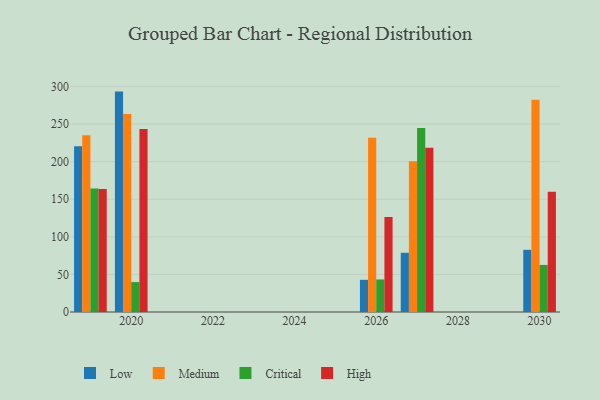
{"axis": {"x": "Year", "y": "LTV (USD)"}, "legend": ["Critical", "High", "Low", "Medium"], "data": [{"x": "2030", "y": 82.7, "type": "Low"}, {"x": "2030", "y": 282.5, "type": "Medium"}, {"x": "2030", "y": 62.6, "type": "Critical"}, {"x": "2030", "y": 160.0, "type": "High"}, {"x": "2019", "y": 220.6, "type": "Low"}, {"x": "2019", "y": 235.0, "type": "Medium"}, {"x": "2019", "y": 164.2, "type": "Critical"}, {"x": "2019", "y": 163.7, "type": "High"}, {"x": "2020", "y": 293.2, "type": "Low"}, {"x": "2020", "y": 263.5, "type": "Medium"}, {"x": "2020", "y": 39.8, "type": "Critical"}, {"x": "2020", "y": 243.5, "type": "High"}, {"x": "2026", "y": 42.8, "type": "Low"}, {"x": "2026", "y": 231.8, "type": "Medium"}, {"x": "2026", "y": 43.3, "type": "Critical"}, {"x": "2026", "y": 126.5, "type": "High"}, {"x": "2027", "y": 78.8, "type": "Low"}, {"x": "2027", "y": 200.5, "type": "Medium"}, {"x": "2027", "y": 244.7, "type": "Critical"}, {"x": "2027", "y": 218.6, "type": "High"}]}